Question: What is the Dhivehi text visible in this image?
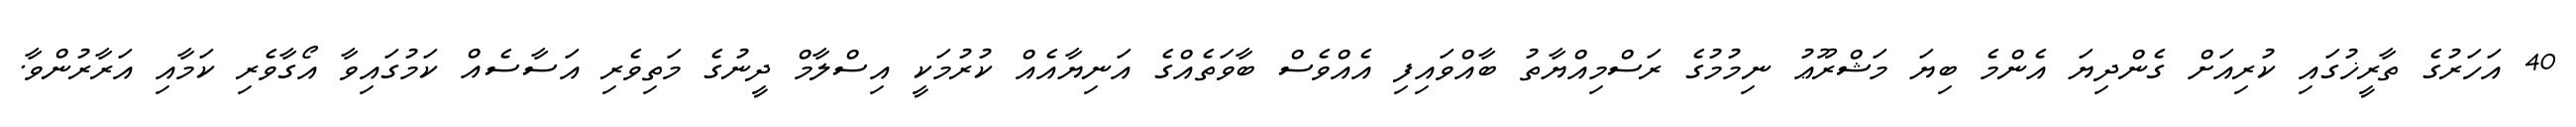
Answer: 40 އަހަރުގެ ތާރީޚުގައި ކުރިއަށް ގެންދިޔަ އެންމެ ބިޔަ މަޝްރޫޢު ނިމުމުގެ ރަސްމިއްޔާތު ބާއްވައިފި އެއްވެސް ބާވަތެއްގެ އަނިޔާއެއް ކުރުމަކީ އިސްލާމް ދީނުގެ މަތިވެރި އަސާސެއް ކަމުގައިވާ އޯގާވެރި ކަމާއި އަރާރުންވާ.